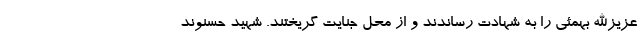
عزیزالله بهمئی را به شهادت رساندند و از محل جنایت گریختند. شهید حسنوند